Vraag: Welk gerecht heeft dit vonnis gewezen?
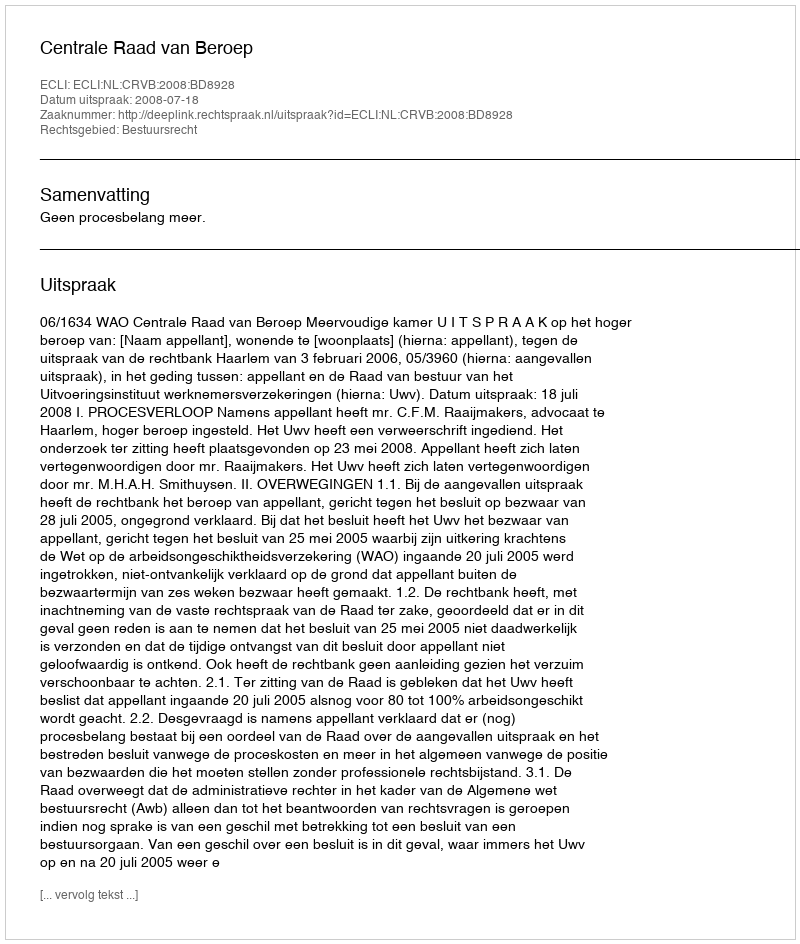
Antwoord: Centrale Raad van Beroep